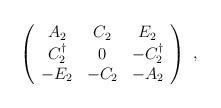
LaTeX: \begin{align*} \left( \begin{array}{ccc} A_2 & C_2 & E_2 \\ C_2^\dagger & 0 & - C_2^\dagger \\ - E_2 & - C_2 & - A_2 \end{array} \right)~,\end{align*}